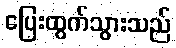
ပြေးထွက်သွားသည်